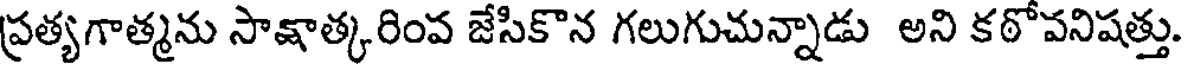
ప్రత్యగాత్మను సాక్షాత్కరింవ జేసికొన గలుగుచున్నాడు అని కఠోవనిషత్తు.